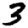
Digit: 3